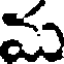
మ